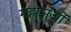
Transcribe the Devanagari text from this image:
महासुओं